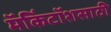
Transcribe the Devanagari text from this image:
मॅकिंटॉशसाठी